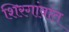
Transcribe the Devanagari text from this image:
शिरगांवांत